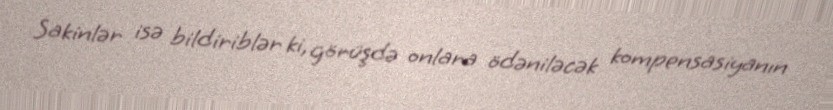
Sakinlər isə bildiriblər ki, görüşdə onlara ödəniləcək kompensasiyanın